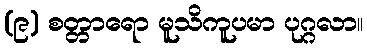
(၉) စတ္တာရော မူသိကူပမာ ပုဂ္ဂလာ။